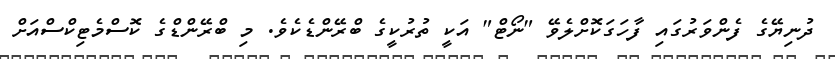
ދުނިޔޭގެ ފެންވަރުގައި ފާހަގަކޮށްލެވޭ "ނޯޓް" އަކީ ތުރުކީގެ ބްރޭންޑެކެވެ. މި ބްރޭންޑްގެ ކޮސްމެޓިކްސްއަށް